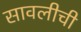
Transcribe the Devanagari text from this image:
सावलीची